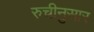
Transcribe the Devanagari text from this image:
रुचीनुसार